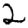
Digit: 2